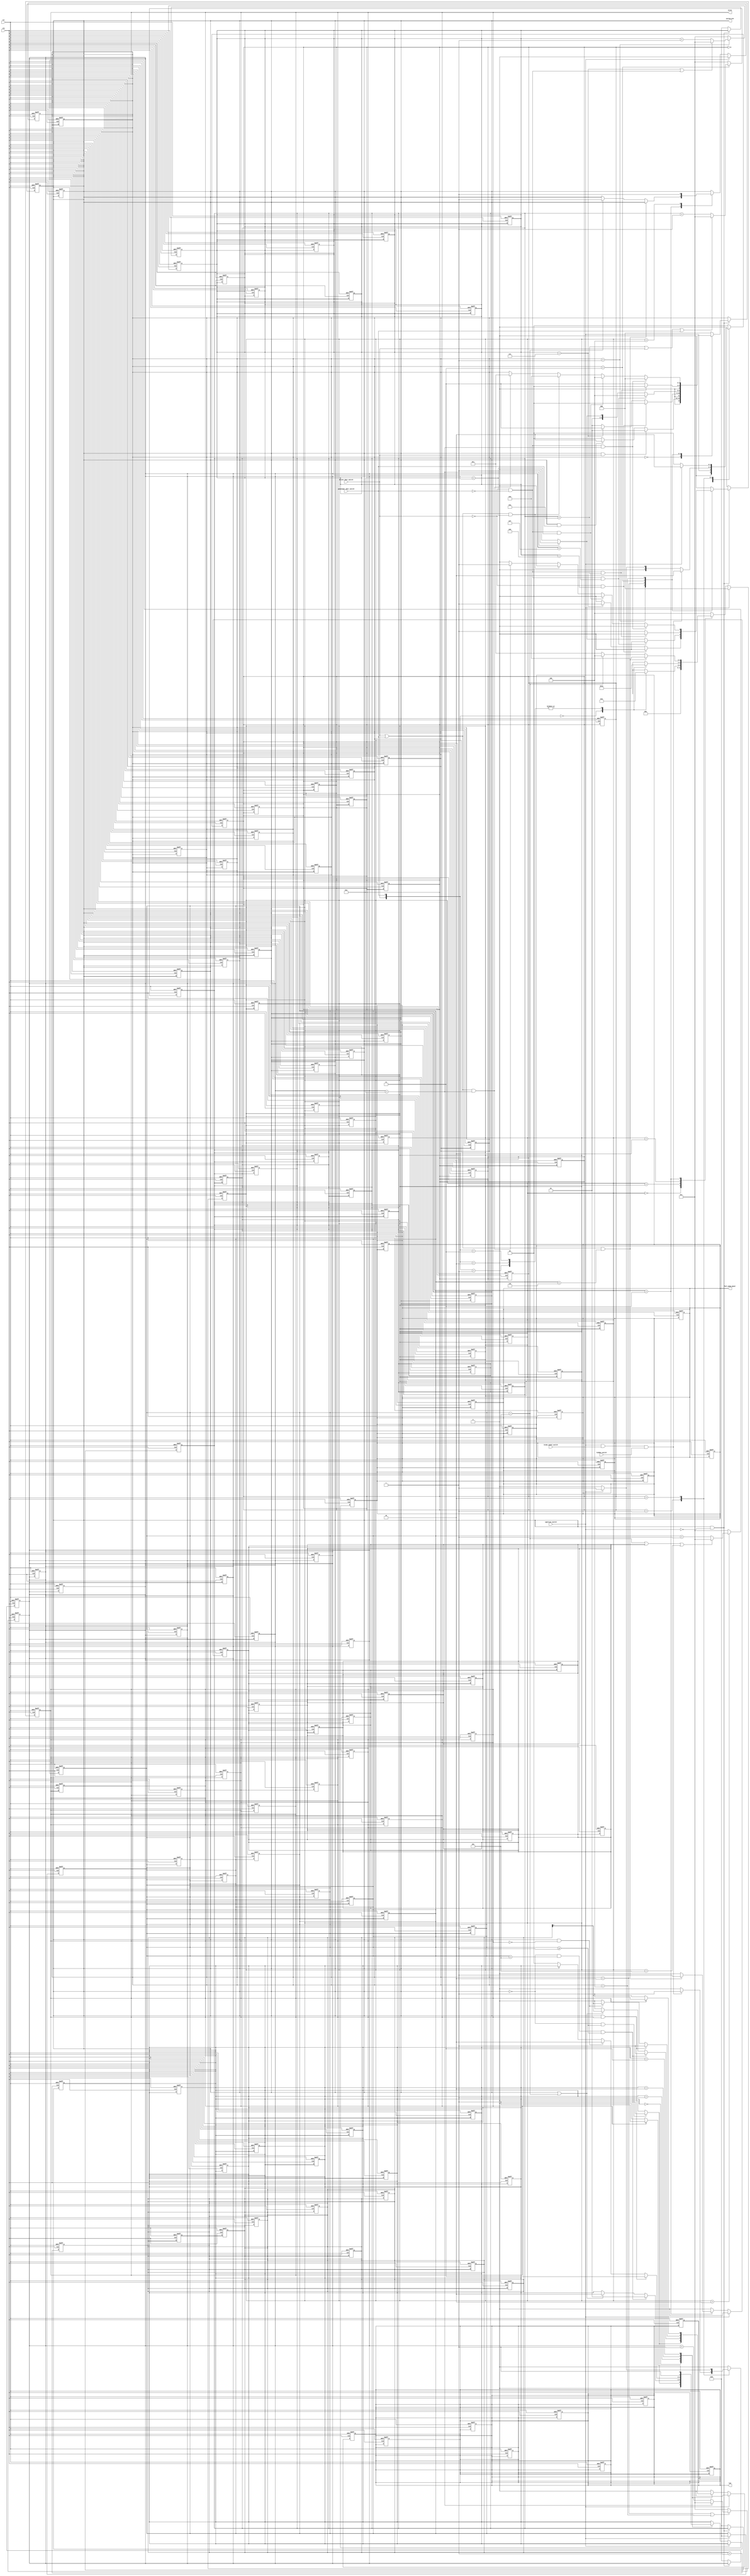
module car_alarm_fsm
(
clk,rst,
driver_door_switch,
passenger_door_switch,
ignition_switch,
hidden_switch,
brake_pedal_switch,
system_arm,
siren,
led,
fuel_pump_power
);

input clk,rst;
input driver_door_switch;//driver door open=1 close=0
input passenger_door_switch;//passenger door open=1 close=0
input ignition_switch;//ignition=1 off=0
input hidden_switch;
input brake_pedal_switch;


output reg system_arm;//alarm system activated=1 deactivated=0
output reg siren;//the siren
output reg led;
output reg fuel_pump_power;


reg [2:0]state;//states for system before it gets armed
reg [2:0]state_armed;//states for system after it gets armed
reg [1:0]state_led;//states for lED blinking
reg [3:0]count;//counter for system to go into armed mode
reg door_open_between;//if door is opened before 6 seconds of closing it
reg [3:0]count_driver;//counter for driver to start ignition after opening driver door
reg [3:0]count_passenger;//counter for driver to start ignition after opening passenger door
reg [3:0]count_alarm_extra;//counter alarm remains active after closing door
reg [1:0]count_led;
reg [1:0]state_fuelpump;

parameter t_arm_delay=6;//time before activation of system
parameter t_driver_delay=8;//time between driver door opening and alarm
parameter t_passenger_delay=15;//time between passenger door opening and alarm
parameter t_alarm_on=10;//time alarm remains active after all the doors are closed

/*--------------------------COUNTER FOR ACTIVATION THE SYSTEM------------------------------*/
always @(posedge rst or posedge clk)//for the counter for activation
begin

if(rst) {system_arm,state,state_armed,state_led,state_fuelpump,count,door_open_between,count_driver,count_passenger,count_alarm_extra,count_led,siren,led,fuel_pump_power}<=0;//all doors closed and alarm is off and counter=0//all doors closed and alarm is off and counter=0

else
begin

if(state>2) count<= (count==(t_arm_delay-1)|door_open_between|state==5)?1:count+1;//1to(t_arm_delay-1) counter which resets to 1 if door is opened in between or when alarm system is active 
else count<=1;
end

end

/*------------------------FSM FOR ACTIVATING THE ALARM SYSTEM---------------------------*/
always @(posedge rst or posedge clk)
begin
if(rst) {system_arm,state,state_armed,state_led,state_fuelpump,count,door_open_between,count_driver,count_passenger,count_alarm_extra,count_led,siren,led,fuel_pump_power}<=0;//all doors closed and alarm is off and counter=0//all doors closed and alarm is off and counter=0

else
begin
if(ignition_switch==0)
begin
door_open_between<=0;//door open between signal is off
case(state)
0: state<= ignition_switch?0:1;//when the ignition is turned off goes to state 1
1: begin
   case({driver_door_switch,passenger_door_switch})
   2'b00: state<=1;//none of the doors open yet so remains in state 1
   2'b01: state<=2;//even if one of the doors open it goes to state 2
   2'b10: state<=2;//even if one of the doors open it goes to state 2
   2'b11: state<=2;//even if one of the doors open it goes to state 2
   endcase
   end
2: begin
   case({driver_door_switch,passenger_door_switch})
   2'b00: state<=3;//reclosing both the doors it goes to state 3
   2'b01: state<=2;//even if one of the door remains open it stays in state 2
   2'b10: state<=2;//even if one of the door remains open it stays in state 2
   2'b11: state<=2;//even if one of the door remains open it stays in state 2
   endcase
   end

3: begin
     if((driver_door_switch==1|passenger_door_switch==1)&count<(t_arm_delay))//if either of the doors are opened before t_arm_delay then
       begin
	   door_open_between<=1;//the signal door open before t_arm_delay
	   state<=2;// it goes back to state 2 where atleast one door is open
       end	 
	 
	 else if(count==(t_arm_delay-1)) begin//once count==5 it goes to state 4
                                 	 state<=4;
									 system_arm<=1;//once count==5 the system is armed immediately as it enters the next state
									 end
	 
	 else state<=3;//remains in state 3 until count==5
	
   end

4: begin//system remains armed and the state remains in state  4
   system_arm<=1;
   state<=4;
   end
default: state<=4;
endcase
end
else {system_arm,count,door_open_between,state}<=0;//if ignition is off all these are defaulted to 0
end

end

/*-----------------------------------COUNTER FOR DRIVER DELAY---------------------------------*/
always @(posedge rst or posedge clk)
begin
if(rst) {system_arm,state,state_armed,state_led,state_fuelpump,count,door_open_between,count_driver,count_passenger,count_alarm_extra,count_led,siren,led,fuel_pump_power}<=0;//all doors closed and alarm is off and counter=0//all doors closed and alarm is off and counter=0
else
begin
if(state_armed==1) count_driver<=(count_driver==(t_driver_delay-1)|(driver_door_switch==0&passenger_door_switch==0))?1:count_driver+1;//0-t_driver_delay-1 counter which resets to 1 if driver and passenger both doors are closed
else count_driver<=1;

end
end

/*-------------------------------COUNTER FOR PASSENGER DELAY---------------------------------*/
always @(posedge rst or posedge clk)
begin
if(rst) {system_arm,state,state_armed,state_led,state_fuelpump,count,door_open_between,count_driver,count_passenger,count_alarm_extra,count_led,siren,led,fuel_pump_power}<=0;//all doors closed and alarm is off and counter=0//all doors closed and alarm is off and counter=0
else
begin
if(state_armed==2|state_armed==4) count_passenger<=(count_passenger==(t_passenger_delay-1))?1:count_passenger+1;//0-t_passenger_delay-1 counter which resets to one if state_armed!=2 or state!=4
else count_passenger<=1;

end
end

/*---------------------------COUNTER FOR EXTRA TIME THE ALARM IS ON AFTER CLOSING ALL DOORS-----------------------------*/
always @(posedge rst or posedge clk)
begin
if(rst) {system_arm,state,state_armed,state_led,state_fuelpump,count,door_open_between,count_driver,count_passenger,count_alarm_extra,count_led,siren,led,fuel_pump_power}<=0;//all doors closed and alarm is off and counter=0//all doors closed and alarm is off and counter=0
else
begin
if(state_armed==3) count_alarm_extra<=(count_alarm_extra==(t_alarm_on)|driver_door_switch==1|passenger_door_switch==1)?1:count_alarm_extra+1;//0-t_alarm_on counter which works when state_armed==3
else count_alarm_extra<=1;

end
end

/*-------------------------FSM FOR BEHAVIOUR OF SYSTEM IN ARMED STATE-----------------------------------------------*/
always @(posedge rst or posedge clk)
begin
if(rst) {system_arm,state,state_armed,state_led,state_fuelpump,count,door_open_between,count_driver,count_passenger,count_alarm_extra,count_led,siren,led,fuel_pump_power}<=0;//all doors closed and alarm is off and counter=0//all doors closed and alarm is off and counter=0

else
begin
if(system_arm==1&ignition_switch==0)
begin
siren<=0;
case(state_armed)
0:begin
  if(system_arm==1&driver_door_switch==1)  state_armed<=1;//if driver door opens first then state_armed goes to 1

  else if(system_arm==1&passenger_door_switch==1)  state_armed<=2;//if passenger door opens first then state_armed goes to 2

  else state_armed<=0;//if no door opens then state_armed stays in 0
  end
1: begin
   if(driver_door_switch==0&count_driver<t_driver_delay) state_armed<=0;//if driver door is closed before count_driver reaches t_driver_delay then state_armed goes back to 0
   else if(count_driver==(t_driver_delay-1)) begin                     //once count_driver reaches t_driver_delay-1 then siren starts and state_armed goes to 3
                                             siren<=1;
											 state_armed<=3;
                                             end
   else state_armed<=1;//otherwise state_armed waits in 1
   end
2: begin
   if(driver_door_switch==0&passenger_door_switch==0&count_passenger<t_passenger_delay) state_armed<=4;//if passenger closes door then after opening his first state_armed goes to 4
   else if(count_passenger==(t_passenger_delay-1))     begin //once count_passenger reaches t_passenger_delay-1 then siren starts and state_armed goes to 3
                                                       siren<=1;
													   state_armed<=3;
                                                       end
   else state_armed<=2;// otherwise state_armed waits in 2
   end
3: begin
   if(driver_door_switch==0&passenger_door_switch==0&count_alarm_extra==(t_alarm_on)) begin //if driver door && passenger door remain closed for t_alarm_on then siren stops and state_armed goes back to 0 
                                                                                      siren<=0;
																				      state_armed<=0;
																					  end
   else begin //otherwise siren keeps sounding with state_armed remaining at 3
        siren<=1;
		state_armed<=3;
		end
		
   end
4: begin
   if(driver_door_switch==0&passenger_door_switch==0&count_passenger==(t_passenger_delay-1)) state_armed<=0;//if all doors remain closed for t_passenger_delay then state_armed goes to 0
   else if(driver_door_switch==0&passenger_door_switch==0&count_passenger<(t_passenger_delay-1)) state_armed<=4;
   else if((driver_door_switch==1|passenger_door_switch==1)&count_passenger<(t_passenger_delay-1)) state_armed<=2;
   else if((driver_door_switch==1|passenger_door_switch==1)&count_passenger==(t_passenger_delay-1)) begin
                                                                                                   state_armed<=3;
																								   siren<=1;
                                                                                                   end
   

   end
default: state_armed<=0;
endcase
end
else {count_driver,count_passenger,count_alarm_extra,siren}<=0;

end

end

/*--------------------COUNTER FOR LED-------------------------------------------*/
always @(posedge rst or posedge clk)
begin
if(rst) {system_arm,state,state_armed,state_led,state_fuelpump,count,door_open_between,count_driver,count_passenger,count_alarm_extra,count_led,siren,led,fuel_pump_power}<=0;//all doors closed and alarm is off and counter=0//all doors closed and alarm is off and counter=0

else count_led<=count_led+1;
end

/*-----------------FSM FOR LED BLINKING---------------------------------------*/
always @(posedge rst or posedge clk)
begin
if(rst) {system_arm,state,state_armed,state_led,state_fuelpump,count,door_open_between,count_driver,count_passenger,count_alarm_extra,count_led,siren,led,fuel_pump_power}<=0;//all doors closed and alarm is off and counter=0//all doors closed and alarm is off and counter=0

else
begin
if(ignition_switch==0)
begin
led<=0;
case(state_led)
0:begin
  if(system_arm==0&count>=1) begin
                            state_led<=1;
							led<=1;
							end
  else state_led<=0;
  end
1:begin
  if(system_arm==0&count<(t_arm_delay-1)&count>=1) begin
                                                   state_led<=1;
												   led<=1;
												   end
												   
  else if(system_arm==1|count==(t_arm_delay-1)) begin
                                                led<=count_led[1];
												state_led<=2;
												end
  end

2:begin
  if(system_arm==1&siren==1) begin
                               led<=1;
							   state_led<=3;
							   end
  else if(system_arm==1&siren==0) begin
                                   led<=count_led[1];
								   state_led<=2;
								   end
  else if(system_arm==0) state_led<=0;
  end
  
3:begin
  if(siren==1) begin
               led<=1;
			   state_led<=3;
			   end
  else begin
       led<=count_led[1];
	   state_led<=2;
	   end
  end  

endcase
end
else led<=0;
end


end


/*-------------------------FSM FOR FUEL PUMP POWER------------------------------*/
always @(posedge rst or posedge clk)
begin
if(rst) {system_arm,state,state_armed,state_led,state_fuelpump,count,door_open_between,count_driver,count_passenger,count_alarm_extra,count_led,siren,led,fuel_pump_power}<=0;//all doors closed and alarm is off and counter=0//all doors closed and alarm is off and counter=0
else
begin
fuel_pump_power<=0;
case(state_fuelpump)
0: state_fuelpump<=ignition_switch;
1: begin
   if(ignition_switch==1&brake_pedal_switch==1&hidden_switch==1) begin
                                                          state_fuelpump<=2;
														  fuel_pump_power<=1;
														  end
   else if(ignition_switch==0) state_fuelpump<=0;
   else state_fuelpump<=1;
   end   
2: begin
   if(ignition_switch==1) begin
                          fuel_pump_power<=1;
						  state_fuelpump<=2;
						  end
   else begin
        state_fuelpump<=0;
		fuel_pump_power<=0;
		end
   end
default: begin 
fuel_pump_power<=0; 
state_fuelpump<=0;
 end
endcase
end
end
endmodule